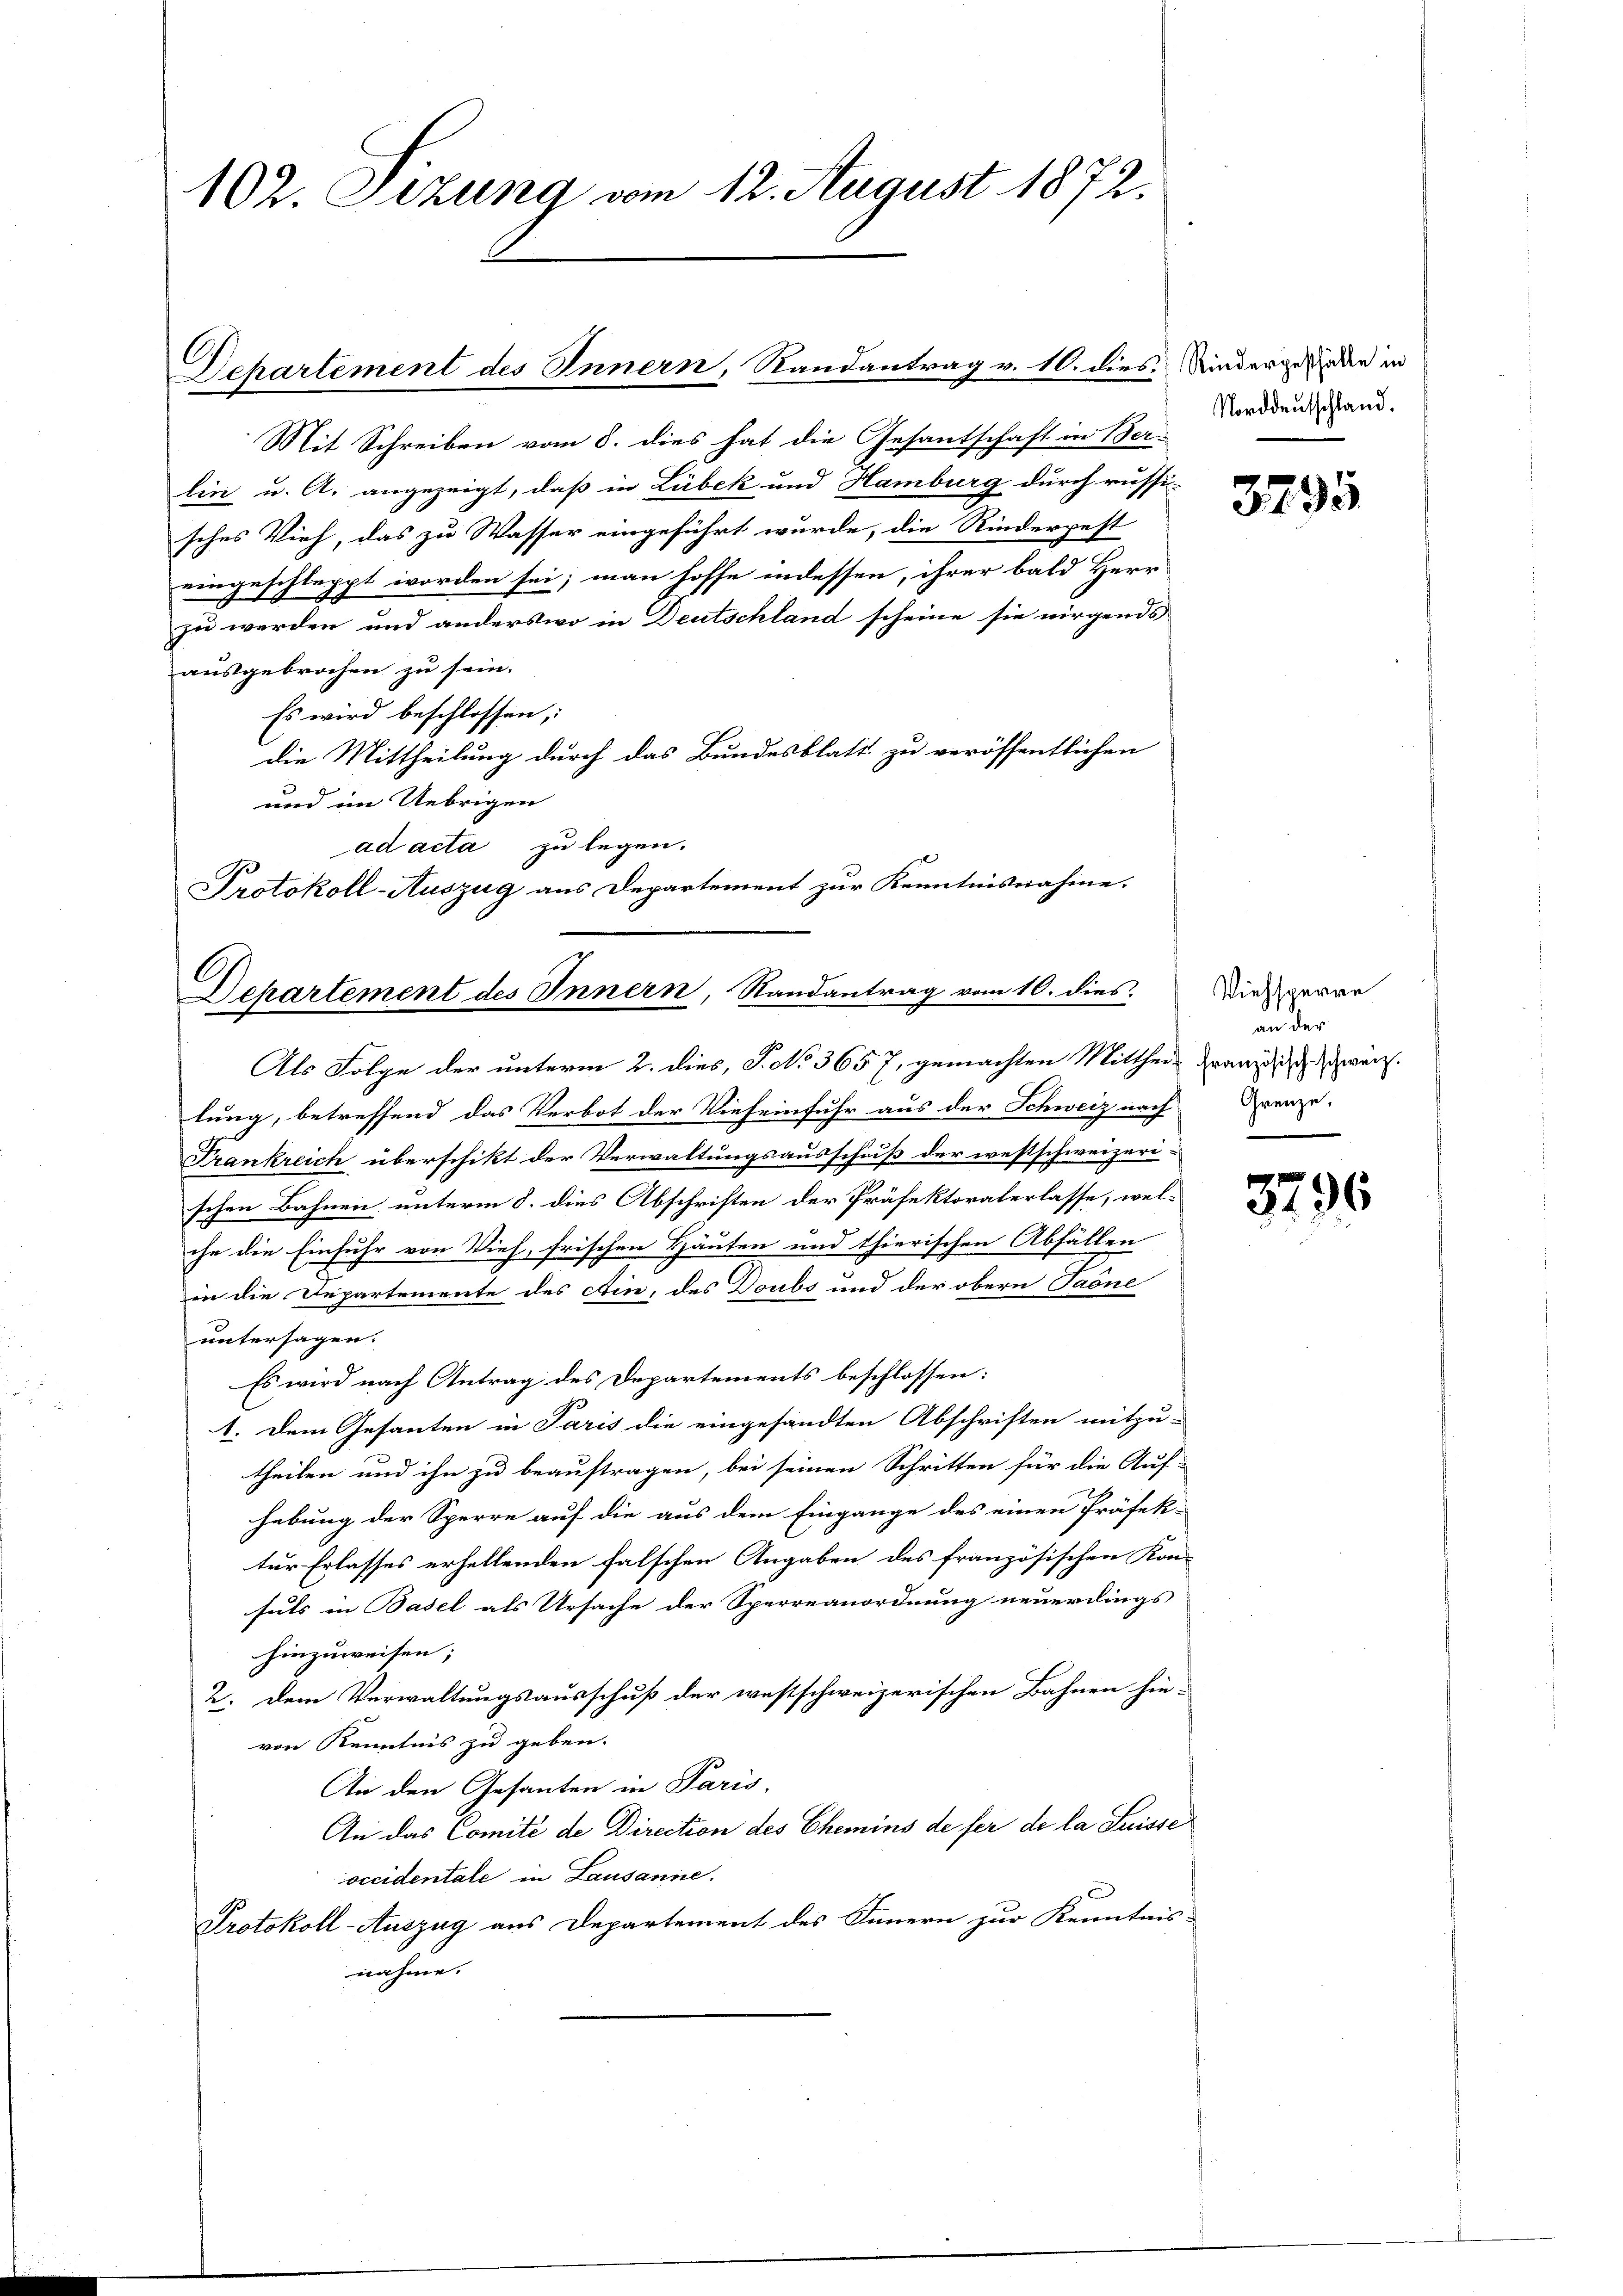
102. Sizung vom 12. August 1872.

Mit Schreiben vom 8. dies hat die Gesantschaft in Ber-
lin u. A. angezeigt, daß in Lübek und Hamburg durch russi-
sches Vieh, das zu Wasser eingeführt wurde, die Rinderpest
eingeschleppt worden sei; man hoffe indessen, ihrer bald Herr
zu werden und anderswo in Deutschland scheine sie nirgends
ausgebrochen zu sein.
Es wird beschlossen,
die Mittheilung durch das Bundesblatt zu veröffentlichen
und im Uebrigen
ad acta zu legen.
Protokoll-Auszug aus Departement zur Kenntnisnahme.

Departement des Innern, Randantrag v. 10. dies Kindergenden in

Departement des Innern, Randantrag vom 10. dies

Als Folge der unterm 2. dies, P. No 3657, gemachten Mittheil zwanzig war.
lung, betreffend das Verbot der Vieheinfuhr aus der Schweiz nach Grenze
Frankreich überschikt der Verwaltungsausschuß der westschweizeri-
schen Bahnen unterm 8. dies Abschriften der Präfektoraterlasse, welche die Einfuhr von Vieh, frischen Häuten und thierischen Abfällen
in die Departemente des Ain, des Doubs und der obern Paöne
untersagen.
Es wird nach Antrag des Departements beschlossen:
1. Dem Gesanten in Paris die eingesandten Abschriften mitzu-
theilen und ihn zu beauftragen, bei seinen Schritten für die Auf-
hebung der Sperre auf die aus dem Eingange des einen Präfek-
tur Erlasses erhellenden falschen Angaben des französischen Kon-
suls in Basel als Ursache der Sperreanordnung neuerdings
hinzuweisen;
2. Dem Verwaltungsausschuß der westschweizerischen Bahnen hie-
von Kenntnis zu geben.
An den Gesanten in Paris.
An das Comité de Direction des Chemins de fer de la Suisse
occidentale in Lausanne.
Protokoll-Auszug aus Departement des Innern zur Kenntnis-
nahme.

Norddeutschland.

3295

Viehsperre
an der
e

3796